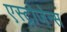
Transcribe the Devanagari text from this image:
एस्ट्रोजेन्स